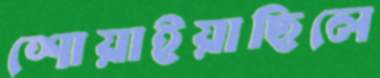
শোয়াইয়াছিলে